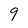
Character: 9